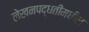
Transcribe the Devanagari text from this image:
लेखनपद्धतीमधील